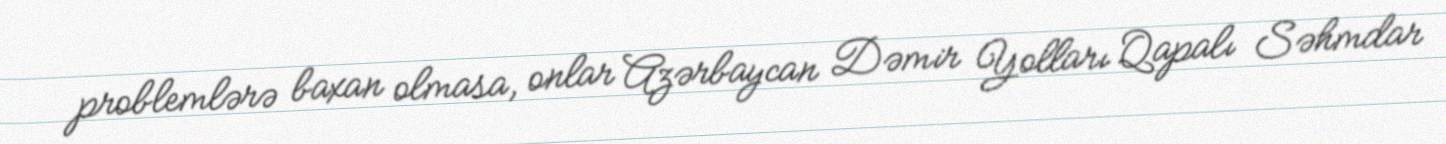
problemlərə baxan olmasa, onlar Azərbaycan Dəmir Yolları Qapalı Səhmdar